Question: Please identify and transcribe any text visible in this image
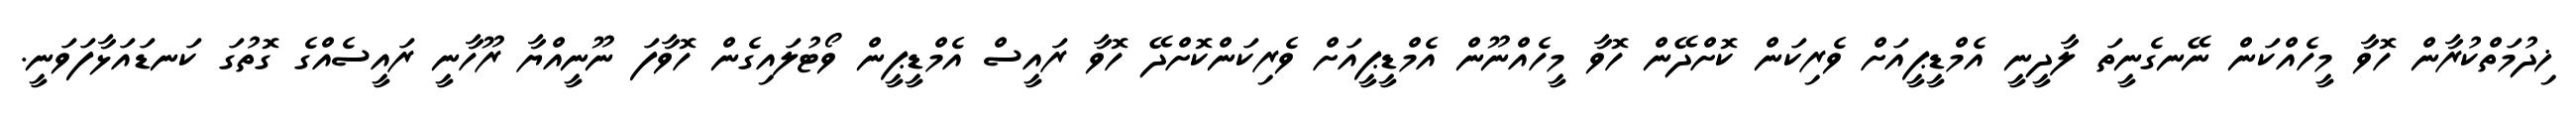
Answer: ޚިދުމަތްކުރާން ހޮވާ މީހެއްކަން ނޭނގެނީތަ ލާދީނީ އެމްޑީޕީއަށް ވެރިކަން ކޮށްދޭން ހޮވާ މީހެއްނޫން އެމްޑީޕީއަށް ވެރިކަންކޮށްދޭ ހޮވާ ރައީސް އެމްޑީޕީން ވޯޓުލައިގެން ހޮވާފަ ނޫނީއްޔާ ރޫހާނީ ރައީސެއްގެ ގޮތުގަ ކަނޑައަޅާފަވަނީ.